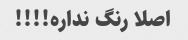
اصلا رنگ نداره!!!!